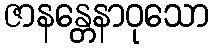
ဇာနန္တေနာဝုသော